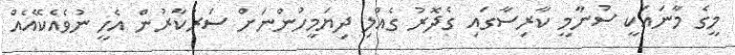
މީގެ މާނައަކީ ސުނާމީ ކާރިސާގައި ގެދޮރު ގެއްލި ދިޔަމީހުންނަށް ސަރުކާރުން އެހީ ނުވެއެކޭއެއް